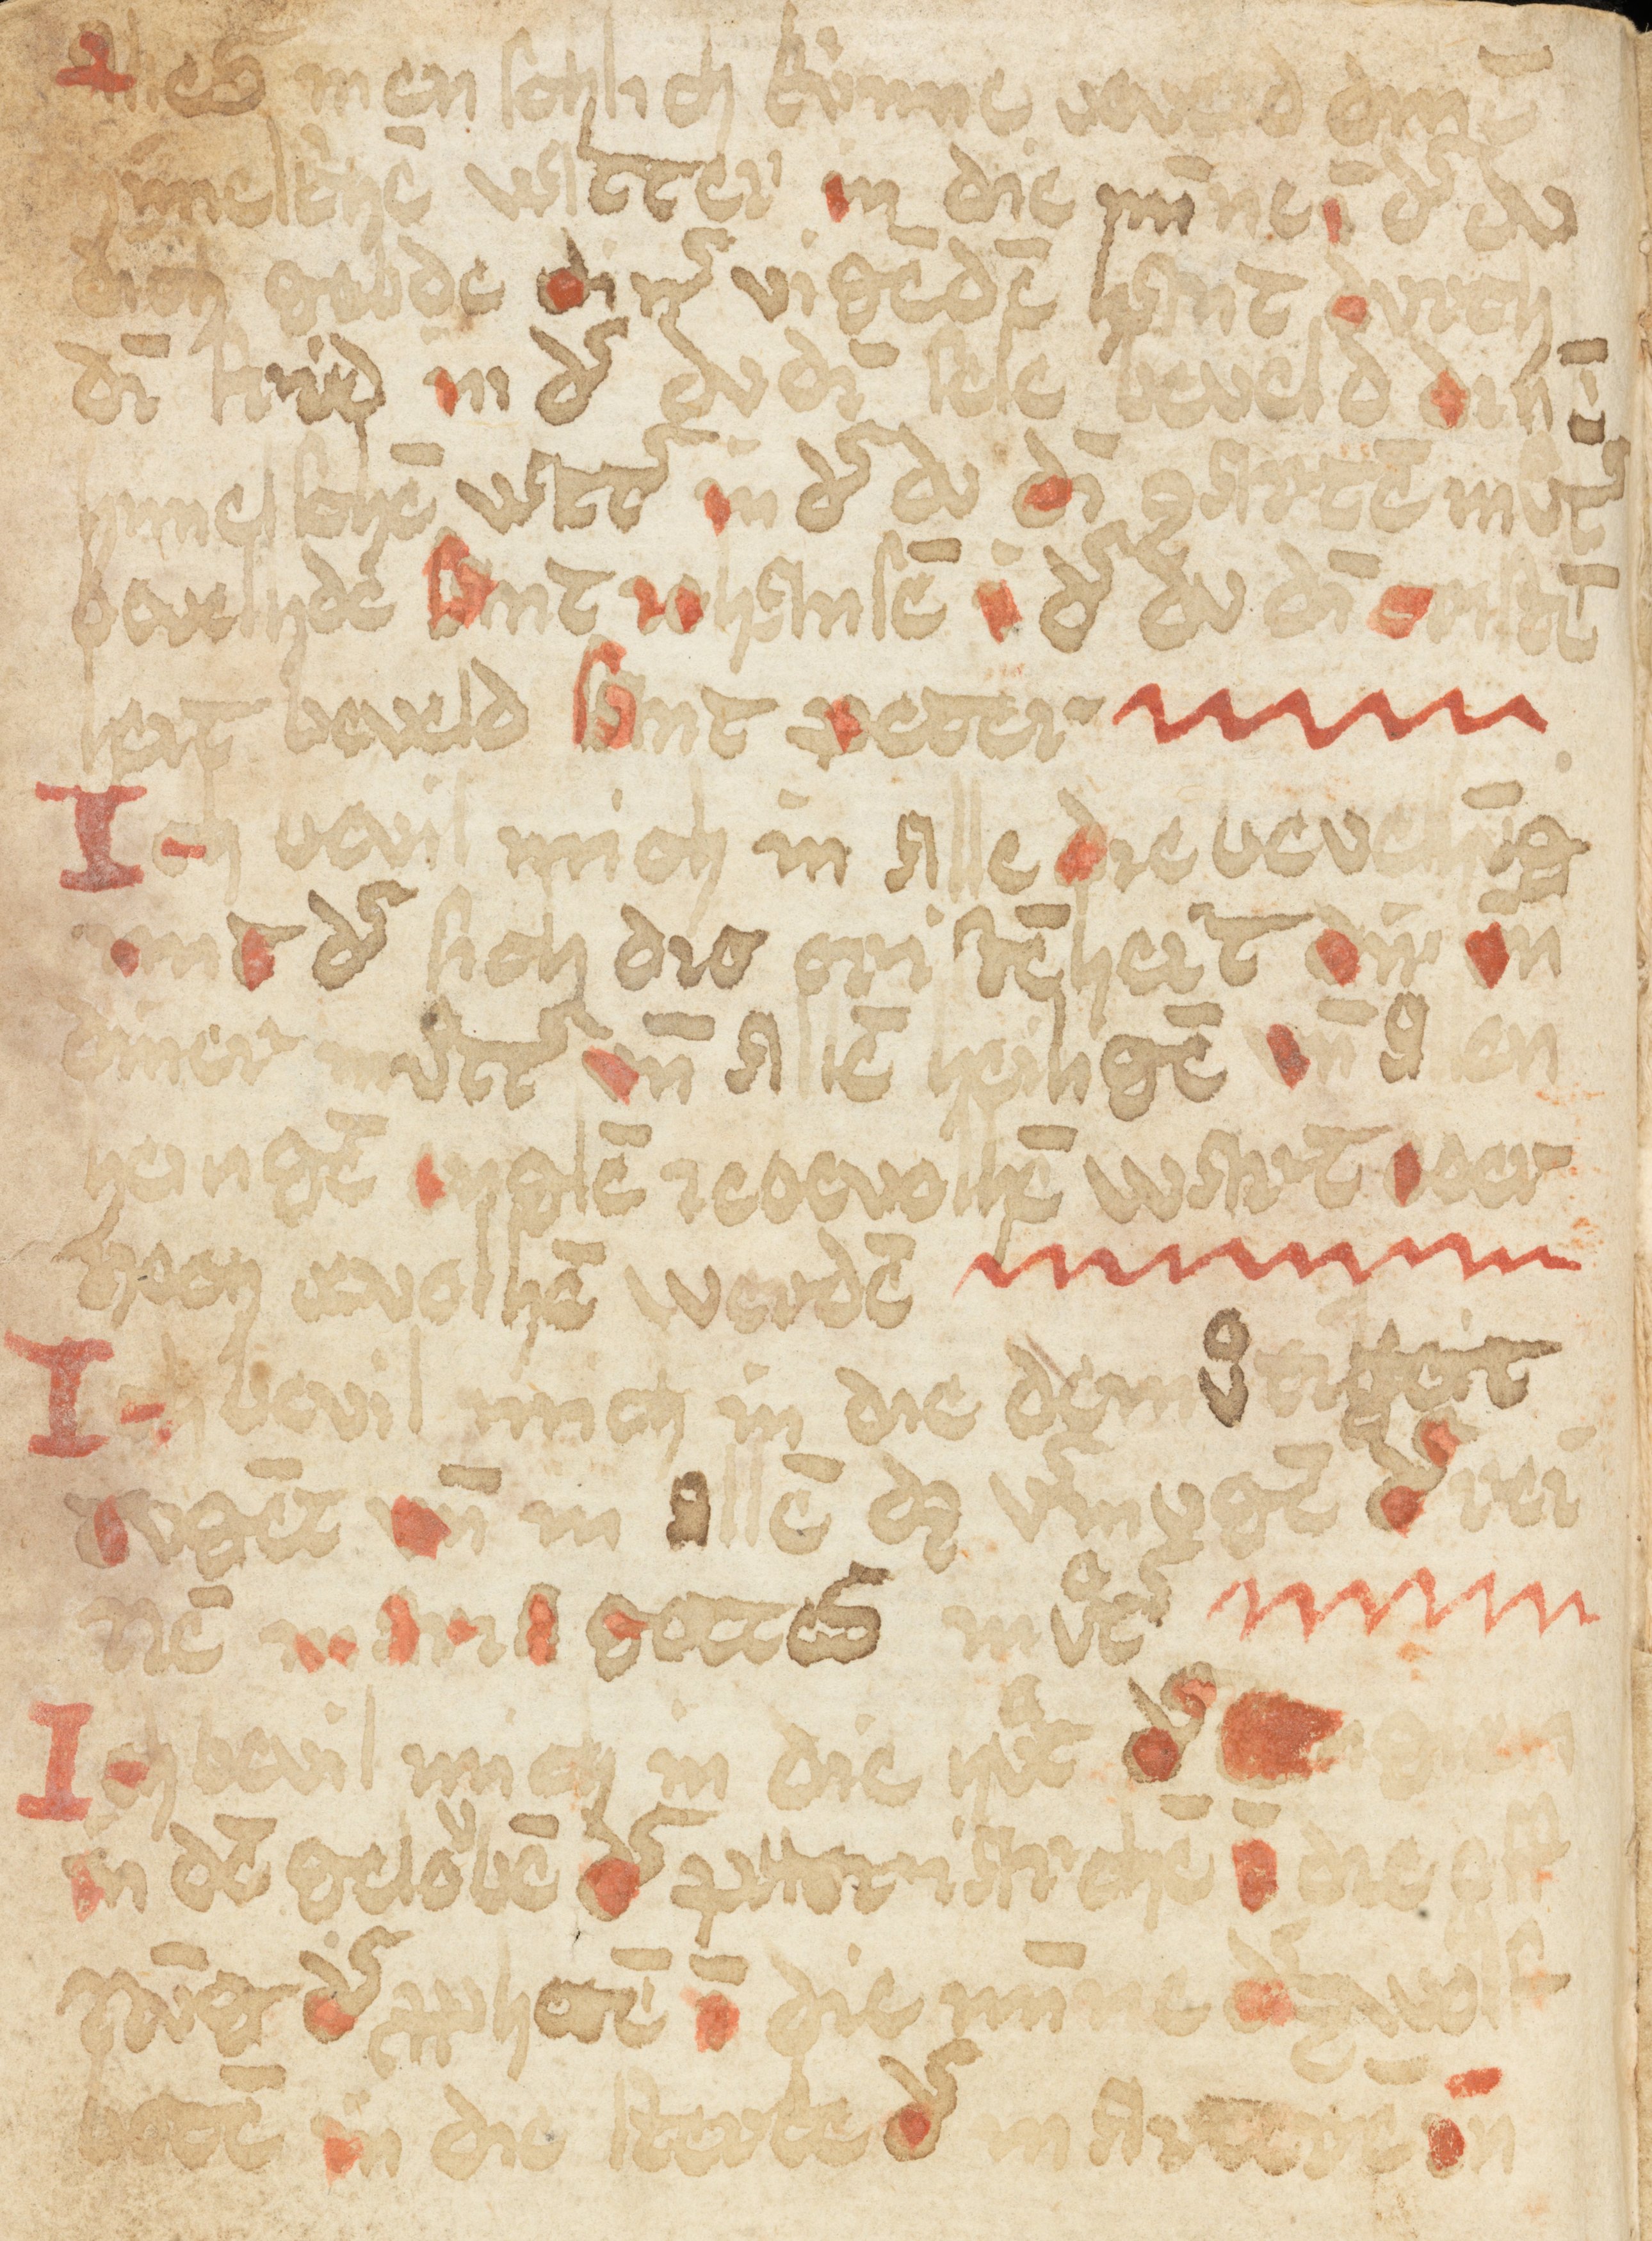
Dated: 1400–1424